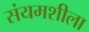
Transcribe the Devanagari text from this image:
संयमशीला